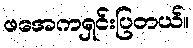
ဖအေကရှင်းပြတယ်။